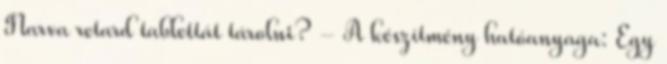
Narva retard tablettát tárolni? - A készítmény hatóanyaga: Egy